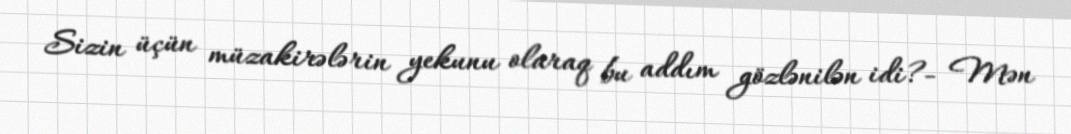
Sizin üçün müzakirələrin yekunu olaraq bu addım gözlənilən idi?- Mən